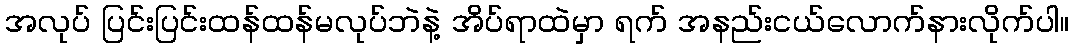
အလုပ် ပြင်းပြင်းထန်ထန်မလုပ်ဘဲနဲ့ အိပ်ရာထဲမှာ ရက် အနည်းငယ်လောက်နားလိုက်ပါ။